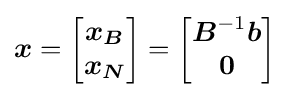
{\boldsymbol {x}}={\begin{bmatrix}{\boldsymbol {x_{B}}}\\{\boldsymbol {x_{N}}}\end{bmatrix}}={\begin{bmatrix}{\boldsymbol {B}}^{-1}{\boldsymbol {b}}\\{\boldsymbol {0}}\end{bmatrix}}